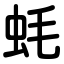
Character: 蚝